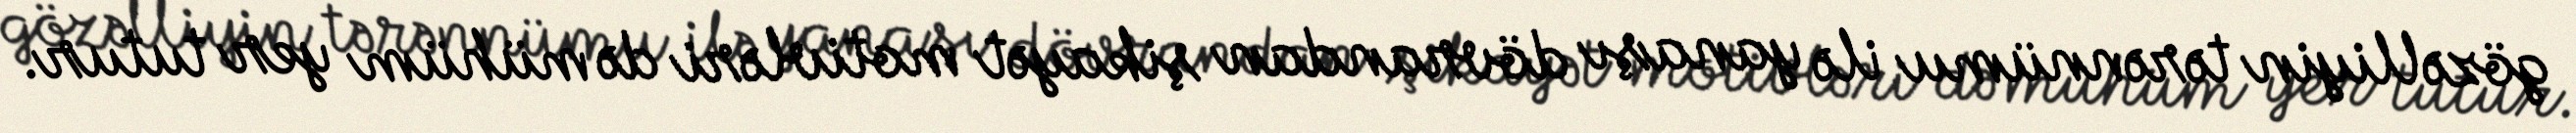
gözəlliyin tərənnümu ilə yanaşı dövrandan şikayət motivləri də mühüm yer tutur.